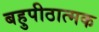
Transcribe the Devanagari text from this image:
बहुपीठात्मक